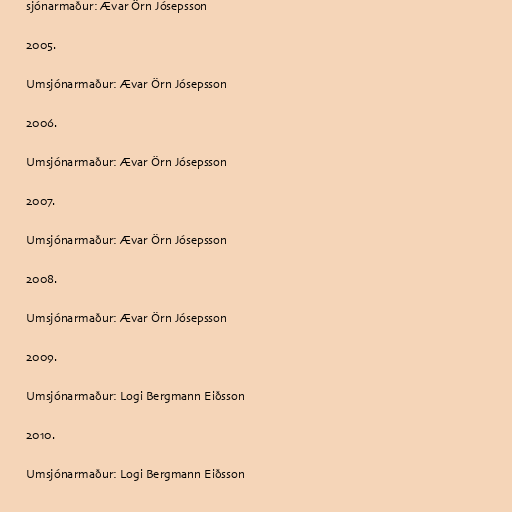
sjónarmaður: Ævar Örn Jósepsson

2005.

Umsjónarmaður: Ævar Örn Jósepsson

2006.

Umsjónarmaður: Ævar Örn Jósepsson

2007.

Umsjónarmaður: Ævar Örn Jósepsson

2008.

Umsjónarmaður: Ævar Örn Jósepsson

2009.

Umsjónarmaður: Logi Bergmann Eiðsson

2010.

Umsjónarmaður: Logi Bergmann Eiðsson